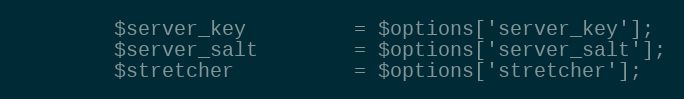
Language: PHP
		$server_key			= $options['server_key'];
		$server_salt		= $options['server_salt'];
		$stretcher			= $options['stretcher'];